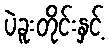
ပဲခူးတိုင်းနှင့်